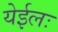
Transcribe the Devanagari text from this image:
येईलः